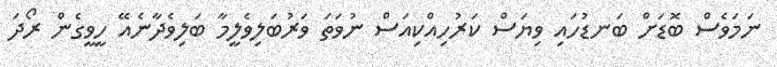
ނަމަވެސް ބޮޑަށް ބަނޑުހައި ވިޔަސް ކަރުހިއްކިއަސް ނުވަތަ ވަރުބަލިވެލީމާ ބަލިވެދާނެއޭ ހީވީގެން ރޯދަ